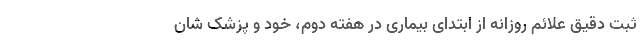
ثبت دقیق علائم روزانه از ابتدای بیماری در هفته دوم، خود و پزشک شان